Lunatic asylums Central Provinces reports 1886-1894 - 1886-1894
Year: 1886
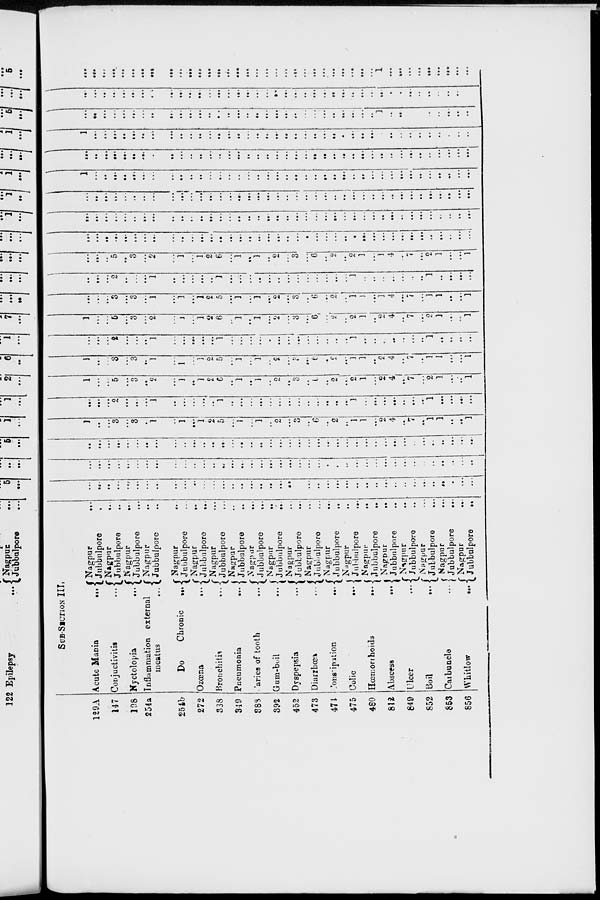
129A
147
198
254a
254b
272
338
349
888
892
452
473
474
475
480
812
849
852
853
856
SUB-SECTION III.
Acute Mania
...
Conjuctivitis
...
Nyctolopia
...
Inflammation external
meatus
...
Do
Chronic
...
Ozœna
...
Bronchitis
...
Pneumonia
...
aries of tooth
...
Gum-boil
...
Dyspepsia
...
Diarrhœa
...
Constipation
...
Colic
...
Hœmorrhoids
...
Abscess
...
Ulcer
...
Boil
...
Carbuncle
...
Whitlow
...
Nagpur ...
Jubbulpore ...
Nagpur
...
Jubbulpore
...
Nagpur ...
Jubbulpore
...
Nagpur ...
Jubbulpore ...
Nagpur ...
Jubbulpore ...
Nagpur ...
Jubbulpore
...
Nagpur ...
Jubbulpore ...
Nagpur ...
Jubbulpore ...
Nagpur ...
Jubbulpore ...
Nagpur ...
Jubbulpore
...
Nagpur ...
Jubbulpore
...
Nagpur ...
Jubbulpore ...
Nagpur ...
Jubbulpore
...
Nagpur ...
Jubbulpore ...
Nagpur ...
Jubbulpore ...
Nagour ...
Jubbulpore
...
Nagpur ...
Jubbulpore ...
Nagpur ...
Jubbulpore ...
Nagpur ...
Jubbulpore
...
Nagpur ...
Jubbulpore
...
...
...
...
...
...
...
...
...
...
...
...
...
...
...
..
...
...
...
...
...
...
...
...
...
...
...
...
...
...
...
...
...
...
...
...
...
...
...
...
...
...
...
...
...
...
...
...
...
...
...
..
...
...
...
...
...
...
...
...
...
...
...
...
...
...
...
...
...
...
...
...
...
...
...
...
...
...
...
...
...
...
...
...
...
...
...
...
...
...
...
...
...
...
...
...
...
...
...
...
...
...
...
...
...
...
...
...
...
...
...
...
...
...
...
...
...
...
...
...
...
1
...
...
3
...
3
...
1
...
1
...
1
2
5
...
1
...
1
...
2
...
3
...
6
...
2
...
1
1
...
2
4
...
7
...
1
1
...
...
1
...
...
...
2
...
...
...
1
...
...
...
...
...
1
...
...
...
...
...
...
...
...
..
...
...
...
...
1
...
...
...
...
...
...
...
1
...
...
...
...
1
...
...
5
...
3
...
2
...
1
...
1
2
6
...
1
...
1
...
2
...
3
..
6
...
2
...
2
1
...
2
4 ...
7
...
2
1
...
...
1
1
...
...
3
...
3
...
1
...
1
...
1
2
5
...
1
...
1
...
2
...
...
...
6
...
2
...
1
1
...
2
4
...
7
...
1
1
...
...
1
...
...
...
2
...
...
...
1
...
...
...
...
...
1
...
...
...
...
...
...
...
...
...
...
...
...
...
1
...
...
...
...
...
...
...
1
...
...
...
...
1
...
...
5
...
3
...
2
...
1
...
1
2
6
...
1
...
1
...
2
...
3
...
6
...
2
...
2
1
...
2
4
...
7
...
2
1
...
...
1
...
...
...
3
...
3
...
1
...
1
...
1
2
5
...
1
...
1
...
2
...
3
...
6
...
2
...
1
1
...
1
4
...
7
...
1
1
...
...
1
...
...
...
2
...
...
...
1
...
...
...
...
...
1
...
...
...
...
...
...
...
...
...
...
...
...
...
1
...
...
...
...
...
...
...
1
...
...
...
...
...
...
..
5
...
3
...
2
...
1
...
1
2
6
...
1
...
1
...
2
...
3
...
6
...
2
...
2
1
...
1
4
...
7
...
2
1
...
...
1
...
...
...
...
...
...
...
...
...
...
...
...
...
...
...
...
...
...
...
...
...
...
...
...
...
...
...
...
...
...
...
...
...
...
...
...
...
...
...
...
...
...
...
...
...
...
...
...
...
...
...
...
...
...
...
...
...
...
...
...
...
...
...
...
...
...
...
...
...
...
...
...
...
...
...
...
...
...
...
...
...
...
...
...
...
...
...
...
...
...
...
....
...
...
...
...
...
...
...
...
..
...
...
...
...
...
...
...
...
...
...
...
...
...
...
...
...
...
...
...
1
...
...
...
...
...
...
...
...
...
...
...
...
...
...
...
...
...
...
...
...
...
...
...
...
...
...
...
...
...
...
...
...
...
...
...
...
...
...
...
...
...
...
...
...
...
...
...
...
...
...
...
...
...
...
...
...
...
...
...
...
...
...
...
...
...
...
...
...
...
...
...
...
...
...
...
...
...
...
...
1
...
...
...
...
...
...
...
...
...
...
...
...
...
...
...
....
...
...
...
...
...
...
...
...
...
...
...
...
...
...
...
...
...
...
...
...
...
...
...
...
...
...
...
...
...
...
...
...
...
...
...
...
...
...
...
...
...
...
...
...
...
...
...
...
...
...
...
...
...
1
...
...
...
...
...
...
...
...
...
...
...
...
...
...
...
...
...
...
...
...
...
...
...
...
...
...
...
...
...
...
...
...
...
...
...
...
...
...
...
...
...
...
...
...
...
...
...
...
...
...
...
...
...
...
...
...
...
...
...
...
...
...
...
...
...
...
...
...
...
...
...
...
...
...
...
...
...
...
...
1
...
...
...
...
...
...
...
...
...